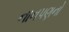
નાનપણનો